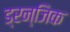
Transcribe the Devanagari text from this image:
ड्रन्जिक